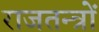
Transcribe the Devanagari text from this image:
राजतन्त्रों